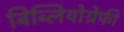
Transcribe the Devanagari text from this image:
बिब्लियोग्रेफी